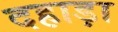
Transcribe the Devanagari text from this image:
दहाड़ा